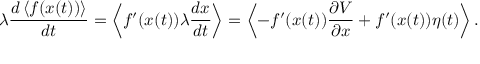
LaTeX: \lambda { \frac { d \left\langle f ( x ( t ) ) \right\rangle } { d t } } = \left\langle f ^ { \prime } ( x ( t ) ) \lambda { \frac { d x } { d t } } \right\rangle = \left\langle - f ^ { \prime } ( x ( t ) ) { \frac { \partial V } { \partial x } } + f ^ { \prime } ( x ( t ) ) \eta ( t ) \right\rangle .